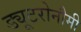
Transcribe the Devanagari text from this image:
ड्यूटरोनौमी